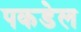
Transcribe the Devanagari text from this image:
पकडेल